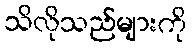
သိလိုသည်များကို